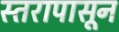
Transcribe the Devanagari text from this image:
स्तरापासून